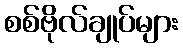
စစ်ဗိုလ်ချုပ်များ